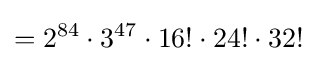
=2^{84}\cdot 3^{47}\cdot 16!\cdot 24!\cdot 32!